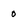
Character: 0